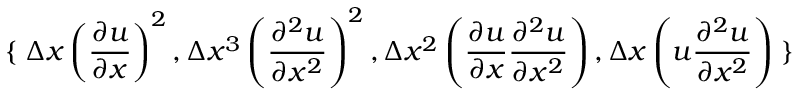
\left\{ \right. \Delta x \left( \frac { \partial u } { \partial x } \right) ^ { 2 } , \allowbreak \Delta x ^ { 3 } \left( \frac { \partial ^ { 2 } u } { \partial x ^ { 2 } } \right) ^ { 2 } , \allowbreak \Delta x ^ { 2 } \left( \frac { \partial u } { \partial x } \frac { \partial ^ { 2 } u } { \partial x ^ { 2 } } \right) , \allowbreak \Delta x \left( u \frac { \partial ^ { 2 } u } { \partial x ^ { 2 } } \right) \left. \right\}